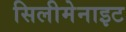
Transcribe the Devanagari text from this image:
सिलीमेनाइट